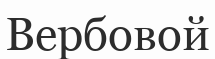
Вербовой